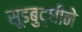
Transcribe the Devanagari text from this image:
सूडबुद्धीने